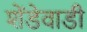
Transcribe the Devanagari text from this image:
शेंडेवाडी